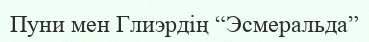
Пуни мен Глиэрдің “Эсмеральда”